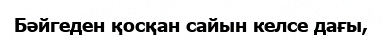
Бәйгеден қосқан сайын келсе дағы,